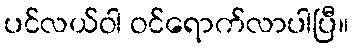
ပင်လယ်ဝါ ဝင်ရောက်လာပါပြီ။